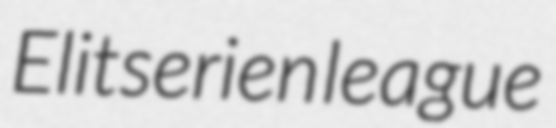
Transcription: Elitserien league